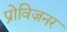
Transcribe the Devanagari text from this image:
प्रोविज़नर